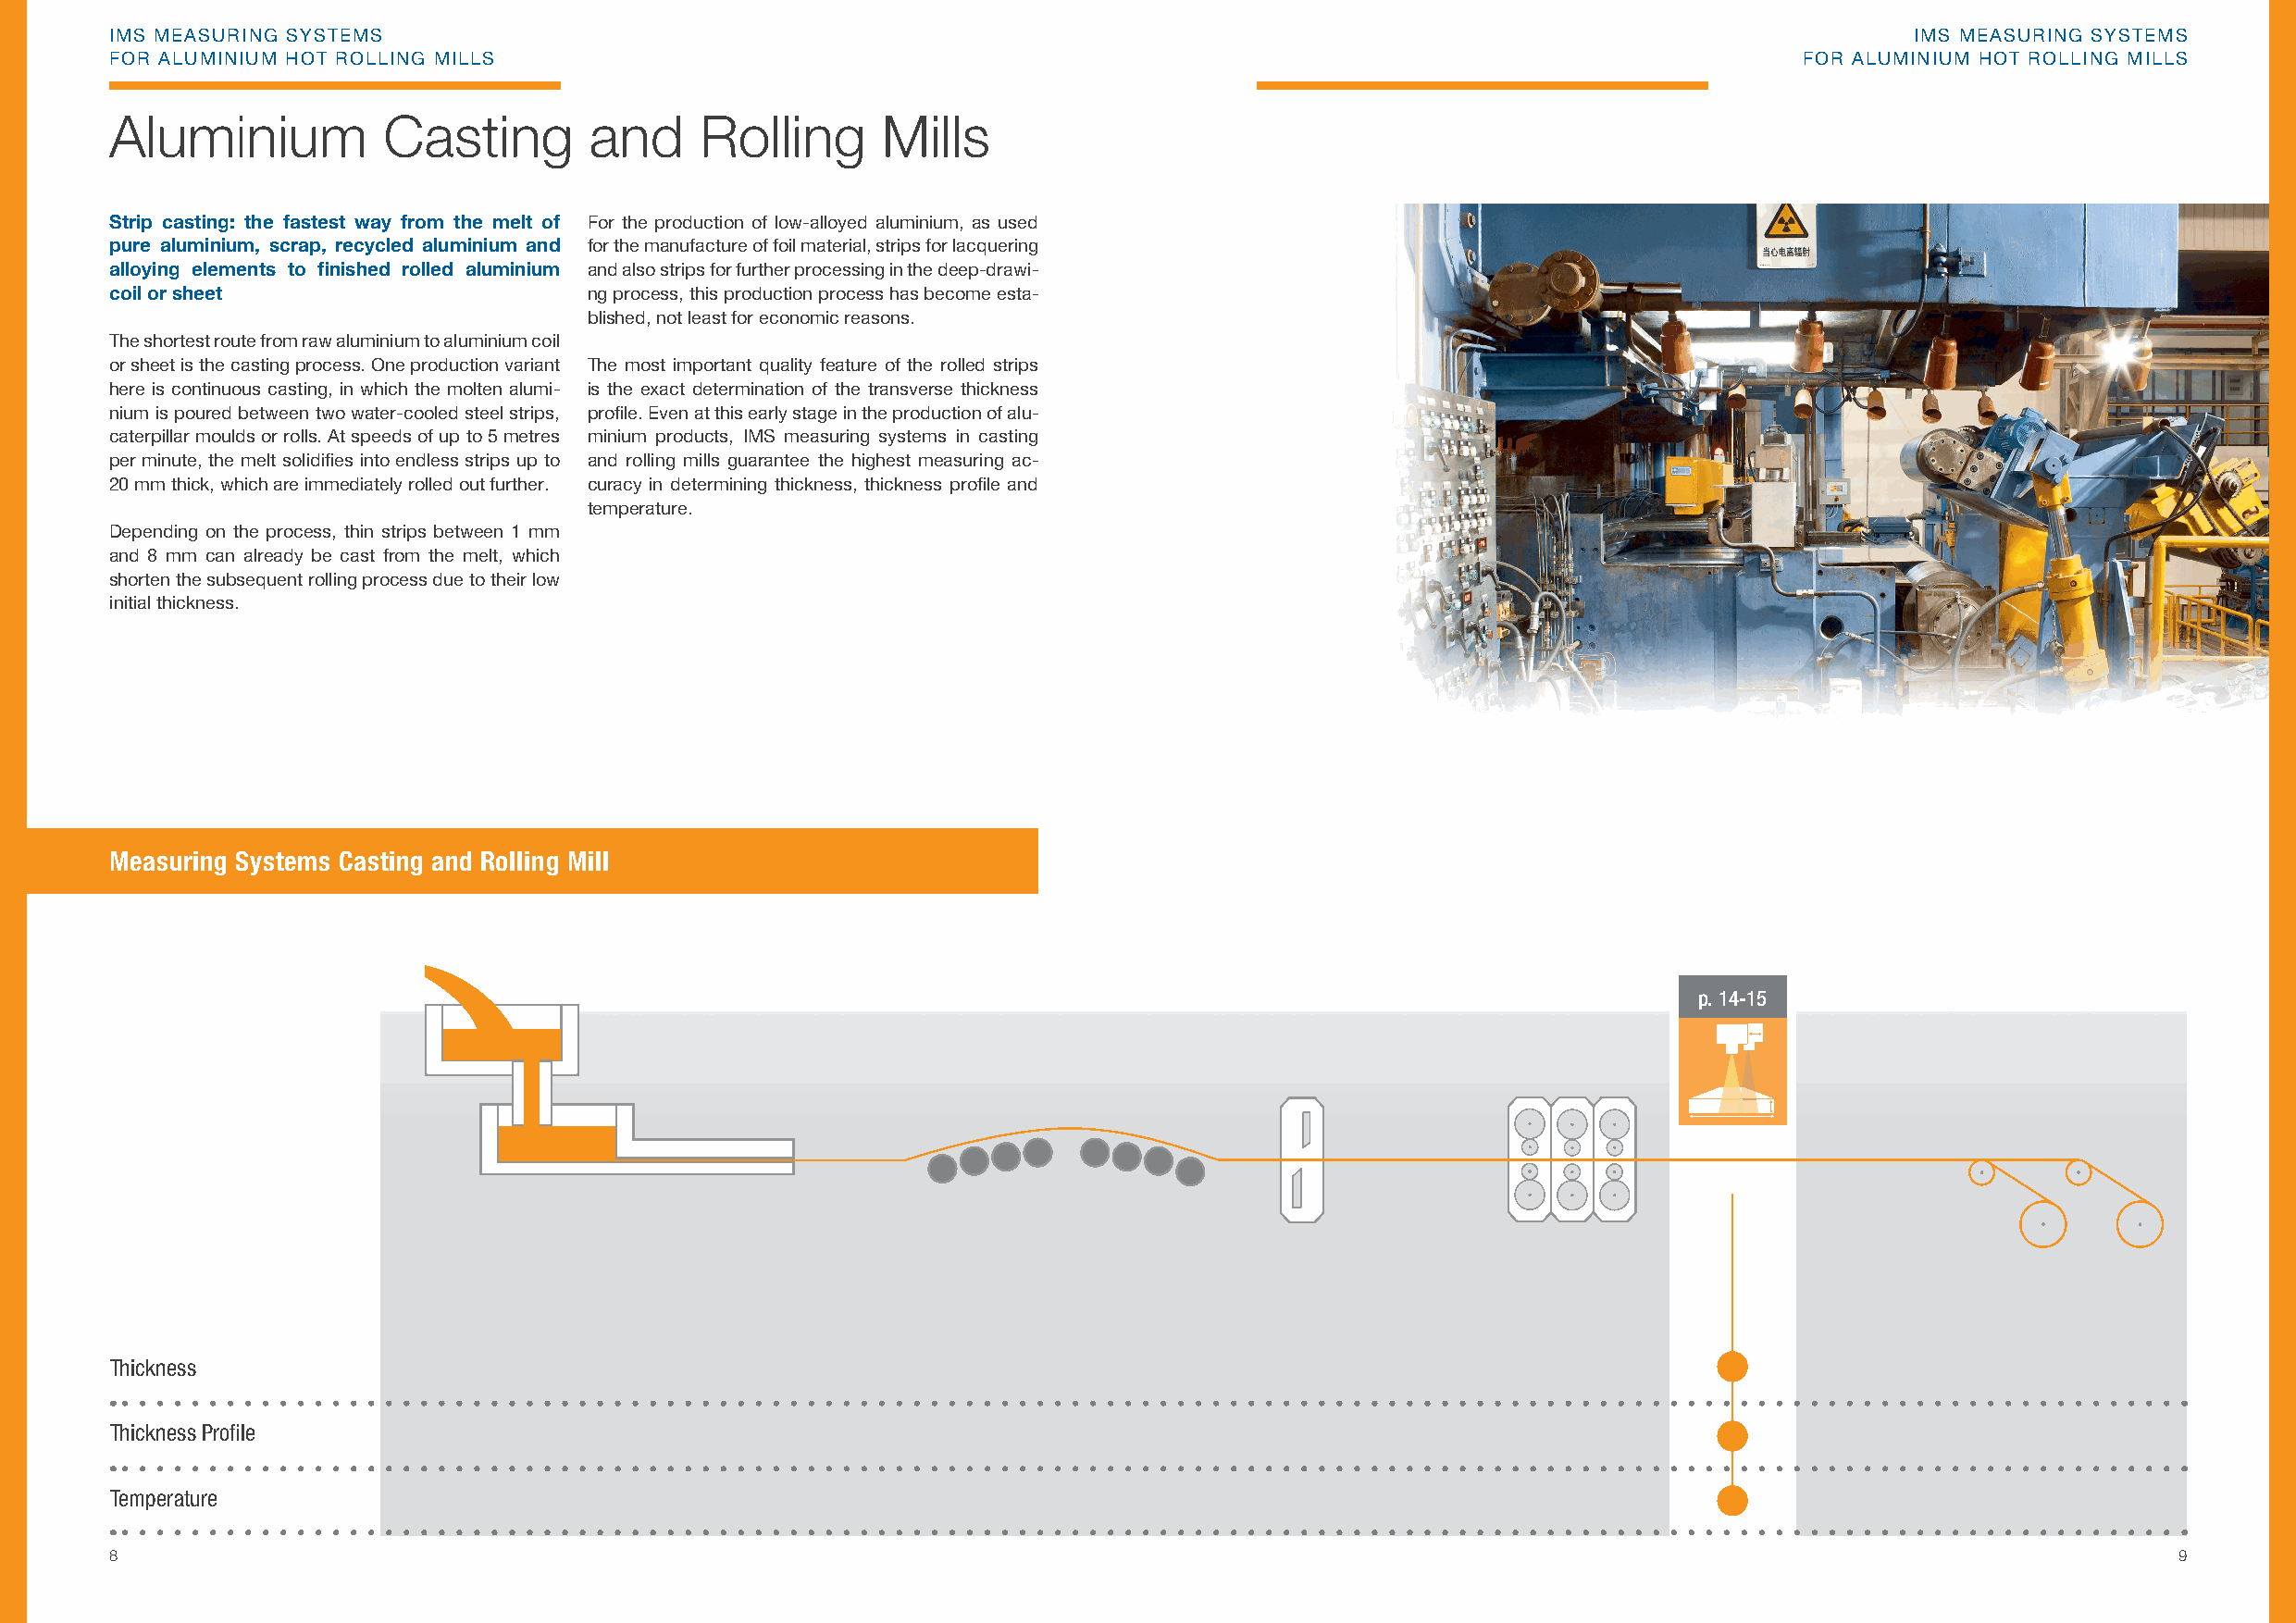
IMS MEASURING SYSTEMS                                                                                                            IMS MEASURING SYSTEMS
 FOR ALUMINIUM HOT ROLLING MILLS                                                                                          FOR ALUMINIUM HOT ROLLING MILLS
 Aluminium          Casting        and     Rolling      Mills
 Strip casting: the fastest way from the melt of For the production of low-alloyed aluminium, as used
 pure aluminium, scrap, recycled aluminium and for the manufacture of foil material, strips for lacquering
 alloying elements to fi nished rolled aluminium and also strips for further processing in the deep-drawi-
 coil or sheet                     ng process, this production process has become esta-
 blished, not least for economic reasons.
 The shortest route from raw aluminium to aluminium coil
 or sheet is the casting process. One production variant The most important quality feature of the rolled strips
 here is continuous casting, in which the molten alumi- is the exact determination of the transverse thickness
 nium is poured between two water-cooled steel strips, profi le. Even at this early stage in the production of alu-
 caterpillar moulds or rolls. At speeds of up to 5 metres minium products, IMS measuring systems in casting
 per minute, the melt solidifi es into endless strips up to and rolling mills guarantee the highest measuring ac-
 20 mm thick, which are immediately rolled out further. curacy in determining thickness, thickness profi le and
 temperature.
 Depending on the process, thin strips between 1 mm
 and 8 mm can already be cast from the melt, which
 shorten the subsequent rolling process due to their low
 initial thickness.
 Measuring Systems Casting and Rolling Mill
 p. 14-15
 Thickness
 Thickness Profi le
 Temperature
 8                                                                                                                                                   9